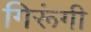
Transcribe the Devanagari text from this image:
गिरूंगी